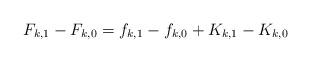
LaTeX: \begin{align*}F_{k,1}-F_{k,0} = f_{k,1}-f_{k,0}+ K_{k,1}-K_{k,0}\end{align*}